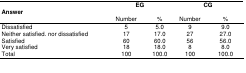
<table><thead><tr><td rowspan="2"><b>Answer</b></td><td colspan="2"><b>EG</b></td><td colspan="2"><b>CG</b></td></tr><tr><td><b>Number</b></td><td><b>%</b></td><td><b>Number</b></td><td><b>%</b></td></tr></thead><tbody><tr><td>Dissatisfied</td><td>5</td><td>5.0</td><td>9</td><td>9.0</td></tr><tr><td>Neither satisfied. nor dissatisfied</td><td>17</td><td>17.0</td><td>27</td><td>27.0</td></tr><tr><td>Satisfied</td><td>60</td><td>60.0</td><td>56</td><td>56.0</td></tr><tr><td>Very satisfied</td><td>18</td><td>18.0</td><td>8</td><td>8.0</td></tr><tr><td>Total</td><td>100</td><td>100.0</td><td>100</td><td>100.0</td></tr></tbody></table>